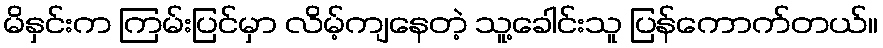
မိနှင်းက ကြမ်းပြင်မှာ လိမ့်ကျနေတဲ့ သူ့ခေါင်းသူ ပြန်ကောက်တယ်။